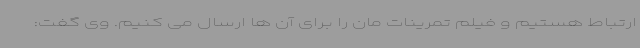
ارتباط هستیم و فیلم تمرینات مان را برای آن ها ارسال می کنیم. وی گفت: